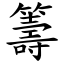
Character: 籌